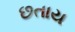
છતાય